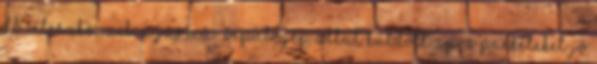
db céleszközzel. A jármű repülőgép által küldött APRS packeteket jó